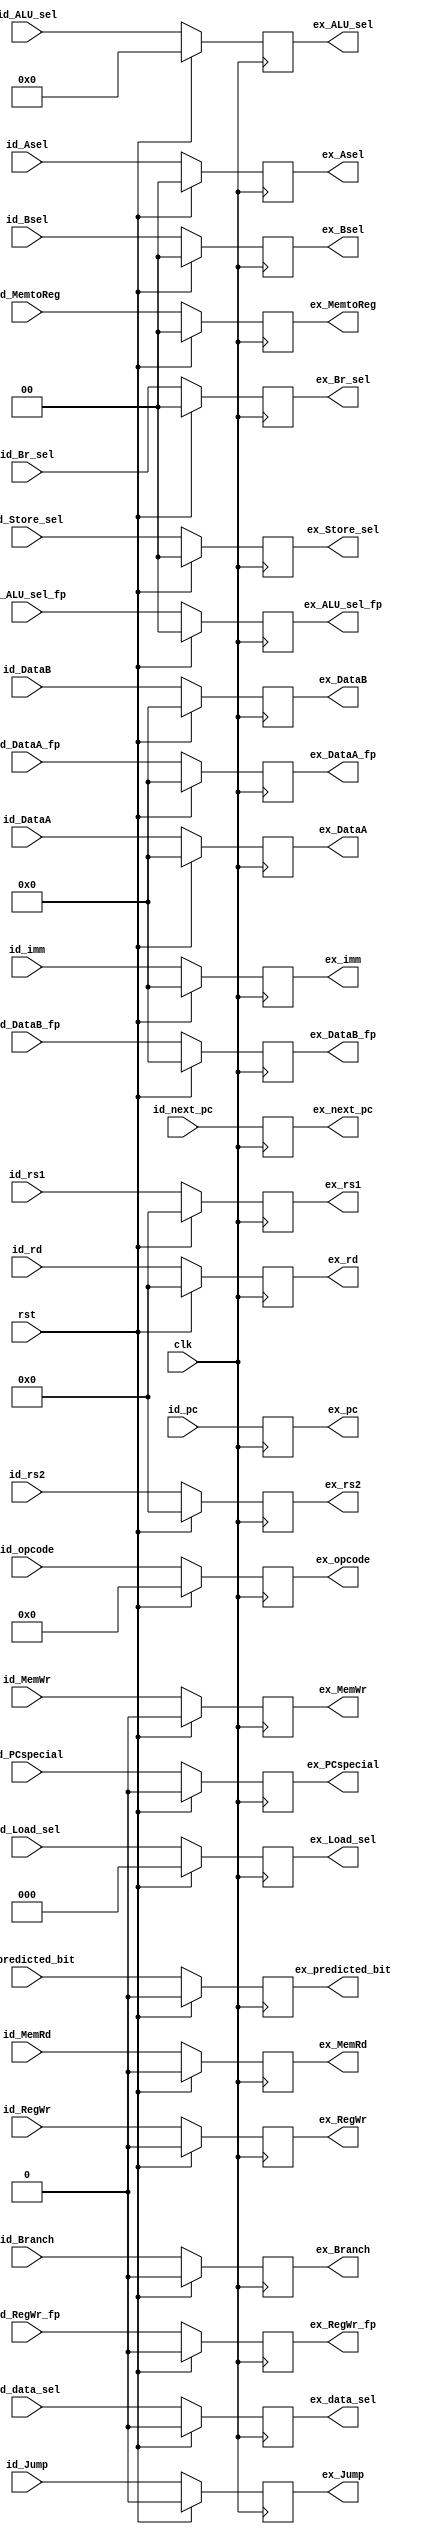
module ID_EX (
//=============================INPUT FROM ID=======================================
    input  wire        clk             ,
    input  wire        rst             ,
    input  wire [31:0] id_pc           ,  // output of reg IF/ID
    input  wire [31:0] id_next_pc      ,  // output of reg IF/ID
    input  wire [31:0] id_DataA        ,  // output of Register File: readdata1
    input  wire [31:0] id_DataB        ,  // output of Register File: readdata2
    input  wire [4:0]  id_rd           ,  // output of Instruction Decode
    input  wire [4:0]  id_rs1          ,  // output of Instruction Decode
    input  wire [4:0]  id_rs2          ,  // output of Instruction Decode
    input  wire [6:0]  id_opcode       ,  // output of Instruction Decode
    input              id_Branch       ,  // output of Control Unit to notify B-type instruction
    input              id_Jump         ,  // output of Control Unit to notify J-type instruction
    input              id_PCspecial    ,  // output of Control Unit to notify jalr instruction
    input       [1:0]  id_Asel         ,  // output of Control Unit to select 1st operand of ALU
    input       [1:0]  id_Bsel         ,  // output of Control Unit to select 2nd operand of ALU
    input              id_MemRd        ,  // output of Control Unit to read from DataMem
    input              id_MemWr        ,  // output of Control Unit to write to DataMem
    input              id_RegWr        ,  // output of Control Unit to write to Integer Register File
    input       [1:0]  id_MemtoReg     ,  // output of Control Unit to control Mux after DataMem
    input       [3:0]  id_ALU_sel      ,  // output of Control Unit to select Interger ALU
    input  wire [1:0]  id_ALU_sel_fp   ,  // output of Control Unit to select Floating-point ALU
    input       [1:0]  id_Br_sel       ,  // output of Control Unit to select type of Branch
    input       [2:0]  id_Load_sel     ,  // output of Control Unit to select type of Load
    input       [1:0]  id_Store_sel    ,  // output of Control Unit to select type of Store
    input       [31:0] id_imm          ,  // output of ImmGen
    input              id_predicted_bit,
    input              id_RegWr_fp     ,  // output of Control Unit to write to FPU Register File
    input  wire [31:0] id_DataA_fp     ,  // output of FP Register File: readdata1_fp
    input  wire [31:0] id_DataB_fp     ,  // output of FP Register File: readdata2_fp
    input              id_data_sel     ,  // choose data between integer or floating point register before DataMem
 

//========================OUTPUT TO EX==========================================
    output reg  [31:0] ex_pc           ,
    output reg  [31:0] ex_next_pc      ,
    output reg  [31:0] ex_DataA        ,
    output reg  [31:0] ex_DataB        ,
    output reg  [4:0]  ex_rd           ,
    output reg  [4:0]  ex_rs1          ,
    output reg  [4:0]  ex_rs2          ,
    output reg  [6:0]  ex_opcode       ,
    output reg         ex_Branch       ,
    output reg         ex_Jump         ,
    output reg         ex_PCspecial    ,
    output reg  [1:0]  ex_Asel         ,
    output reg  [1:0]  ex_Bsel         ,
    output reg         ex_MemRd        ,
    output reg         ex_MemWr        ,
    output reg         ex_RegWr        ,
    output reg  [1:0]  ex_MemtoReg     , 
    output reg  [3:0]  ex_ALU_sel      ,
    output reg  [1:0]  ex_Br_sel       , 
    output reg  [2:0]  ex_Load_sel     , 
    output reg  [1:0]  ex_Store_sel    ,
    output reg  [31:0] ex_imm          ,     
    output reg         ex_predicted_bit,
    output reg         ex_RegWr_fp     ,
    output reg  [31:0] ex_DataA_fp     ,
    output reg  [31:0] ex_DataB_fp     ,
    output reg         ex_data_sel     ,
    output reg  [1:0]  ex_ALU_sel_fp
);

    always @ (negedge clk /*posedge clk*/ ) begin
        if (rst) begin     
            ex_pc  	 	     <= id_pc;
            ex_next_pc       <= id_next_pc;
            ex_DataA  	     <= 0;
            ex_DataB  	     <= 0;
            ex_rd 	     	 <= 0;
            ex_rs1  	     <= 0;
            ex_rs2  	     <= 0;
		    ex_opcode  	     <= 7'b0;
		    ex_Branch 	     <= 0;
		    ex_Jump		     <= 0;
		    ex_PCspecial     <= 0;
		    ex_Bsel 	     <= 0;
		    ex_Asel          <= 0;
            ex_MemRd  	     <= 0;
		    ex_MemWr  	     <= 0;
            ex_RegWr  	     <= 0;
            ex_MemtoReg      <= 0;
            ex_ALU_sel       <= 0;
            ex_Br_sel		 <= 0;
		    ex_Load_sel      <= 0;
		    ex_Store_sel     <= 0;
		    ex_imm 		     <= 0;
		    ex_predicted_bit <= 0;
		    ex_RegWr_fp      <= 0;
		    ex_DataA_fp      <= 0;
            ex_DataB_fp	     <= 0;
		    ex_data_sel      <= 0;
            ex_ALU_sel_fp    <= 'd0;
        end 
        else begin
            ex_pc  	 	     <= id_pc;
            ex_next_pc       <= id_next_pc;
            ex_DataA  	     <= id_DataA;
            ex_DataB  	     <= id_DataB;
            ex_rd 	 	     <= id_rd;
            ex_rs1  	     <= id_rs1;
            ex_rs2  	     <= id_rs2;
		    ex_opcode  	     <= id_opcode;
		    ex_Branch 	     <= id_Branch;
		    ex_Jump		     <= id_Jump;
		    ex_PCspecial     <= id_PCspecial;
		    ex_Bsel 	     <= id_Bsel;
		    ex_Asel		     <= id_Asel;
            ex_MemRd    	 <= id_MemRd;
		    ex_MemWr    	 <= id_MemWr;
            ex_RegWr     	 <= id_RegWr;
		    ex_RegWr_fp      <= id_RegWr_fp;            
            ex_MemtoReg      <= id_MemtoReg;
            ex_ALU_sel       <= id_ALU_sel;
            ex_ALU_sel_fp    <= id_ALU_sel_fp;            
            ex_Br_sel		 <= id_Br_sel;
		    ex_Load_sel      <= id_Load_sel;
		    ex_Store_sel     <= id_Store_sel;
		    ex_imm 		     <= id_imm;
		    ex_predicted_bit <= id_predicted_bit;
		    ex_DataA_fp	     <= id_DataA_fp;
            ex_DataB_fp	     <= id_DataB_fp;
		    ex_data_sel      <= id_data_sel;
        end
    end
endmodule